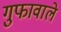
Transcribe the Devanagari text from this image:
गुफावाले